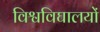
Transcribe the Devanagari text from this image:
विश्वविघालयों